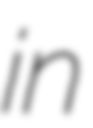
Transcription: in